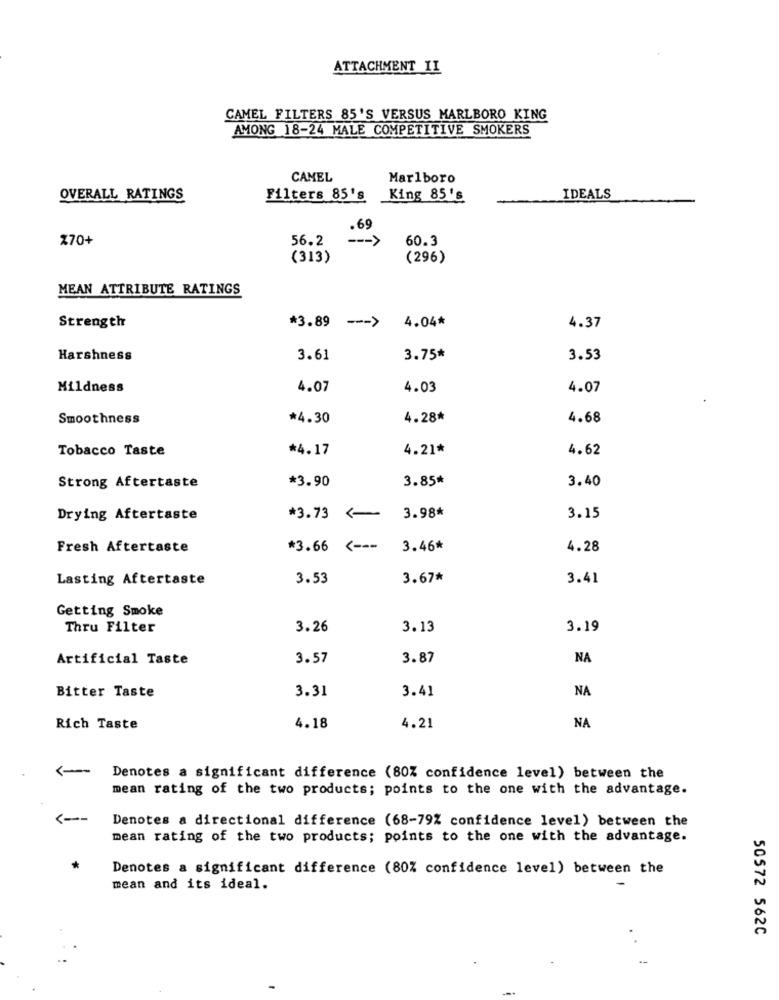
ATTACHMENT II
CAMEL FILTERS 85'S VERSUS MARLBORO KING
AMONG 18-24 MALE COMPETITIVE SMOKERS
CAMEL
Marlboro
OVERALL RATINGS
Filters 85's
King 85's
IDEALS
.69
X70+
56.2
--- >
60.3
(313)
(296)
MEAN ATTRIBUTE RATINGS
Strength
*3.89 --- >
4.04*
4.37
Harshness
3.61
3.75*
3.53
Mildness
4.07
4.03
4.07
Smoothness
*4.30
4.28*
4.68
Tobacco Taste
*4.17
4.21*
4.62
*3.90
3.85*
3.40
Strong Aftertaste
3.98*
Drying Aftertaste
*3.73
3.15
Fresh Aftertaste
*3.66 <---
3.46*
4.28
Lasting Aftertaste
3.53
3.67*
3.41
Getting Smoke
Thru Filter
3.26
3.13
3.19
Artificial Taste
3.57
3.87
NA
3.31
3.41
NA
Bitter Taste
4.18
4.21
NA
Rich Taste
Denotes a significant difference (80% confidence level) between the
mean rating of the two products; points to the one with the advantage.
<--
Denotes a directional difference (68-79% confidence level) between the
mean rating of the two products; points to the one with the advantage.
Denotes a significant difference (80% confidence level) between the
mean and its ideal.
50572 562C
--